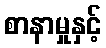
စာနာမှုနှင့်